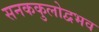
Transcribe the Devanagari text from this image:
सनककुलोद्वभव